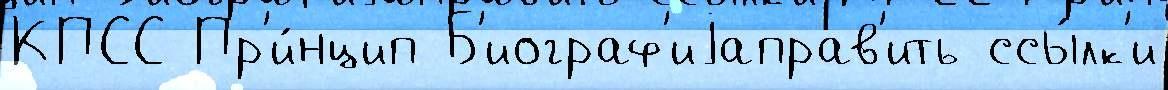
КПСС Пр'и́нцип Б'иограф'иjаправ'ить ссы́лк'и